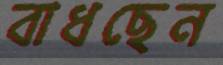
বাধছেন